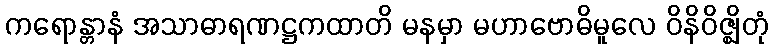
ကရောန္တာနံ အသာဓာရဏဋ္ဌကထာတိ မနမှာ မဟာဗောဓိမူလေ ဝိနိဝိဇ္ဈိတုံ